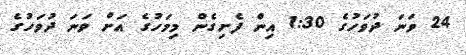
24 ވަނަ ދުވަހުގެ 1:30 އިން ފެށިގެން މިމަހުގެ އަށް ވަނަ ދުވަހުގެ